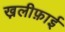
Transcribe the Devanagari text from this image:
ख़लीफ़ाई